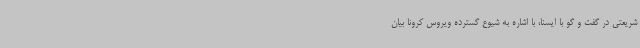
شریعتی در گفت و گو با ایسنا، با اشاره به شیوع گسترده ویروس کرونا بیان